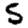
Digit: 5